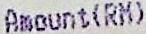
AMOUNT(RM)